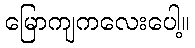
မြောကျကလေးပေါ့။